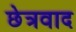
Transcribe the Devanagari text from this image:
छेत्रवाद